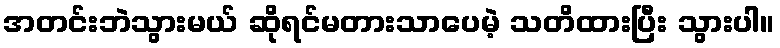
အတင်းဘဲသွားမယ် ဆိုရင်မတားသာပေမဲ့ သတိထားပြီး သွားပါ။